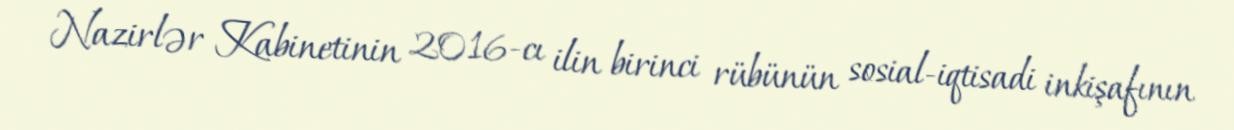
Nazirlər Kabinetinin 2016-cı ilin birinci rübünün sosial-iqtisadi inkişafının